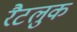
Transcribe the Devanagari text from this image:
रैटलुक